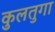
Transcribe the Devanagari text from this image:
कुलतुगा